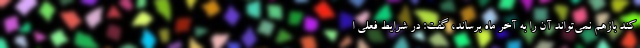
کند بازهم نمی‌تواند آن را به آخر ماه برساند، گفت: در شرایط فعلی ا